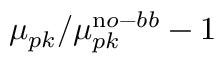
\mu _ { p k } / \mu _ { p k } ^ { \mathrm n o - b b } - 1